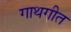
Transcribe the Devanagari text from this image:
गाथगीत